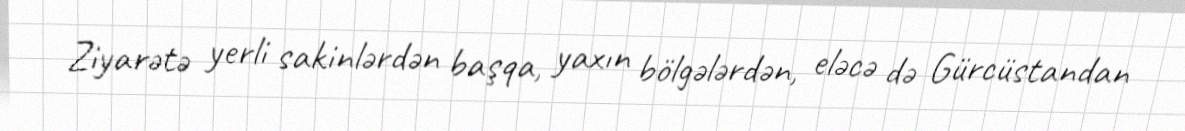
Ziyarətə yerli sakinlərdən başqa, yaxın bölgələrdən, eləcə də Gürcüstandan